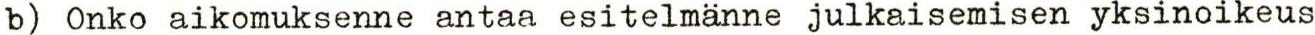
b) Onko aikomuksenne antaa esitelmänne julkaisemisen yksinoikeus